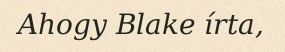
Ahogy Blake írta,